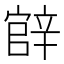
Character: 𨐝